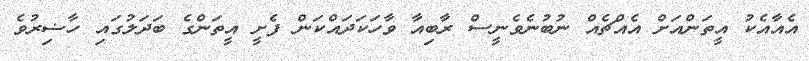
އެއާއެކު އީތަންއަށް އެއްޗެއް ނުބުނެވެނީސް ރާބިއާ ވާހަކަދައްކަން ފެށީ އީތަންގެ ބަދަލުގައި ހާޟިރުވެ